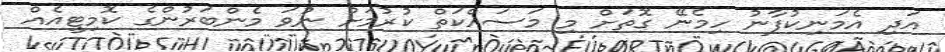
އަދި އެމަނިކުފާނު ހިމެނޭ ގޮތަށް މި މަސައްކަތް ކުރުމަށް ނުވަ މެންބަރުންގެ ކޮމިޓީއެއް